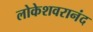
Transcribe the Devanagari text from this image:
लोकेशवरानंद